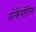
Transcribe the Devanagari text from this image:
प्रोकैर्योटिक